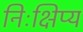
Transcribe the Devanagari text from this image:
निःक्षिप्य